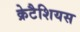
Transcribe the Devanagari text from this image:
क्रेटैशियस